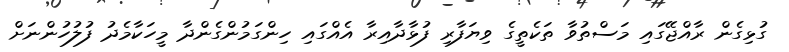
ގުޅިގެން ރާއްޖޭގައި މަސްތުވާ ތަކެތީގެ ވިޔަފާރި ފުޅާދާއިރާ އެއްގައި ހިންގަމުންގެންދާ މީހަކާމެދު ފުލުހުންނަށް